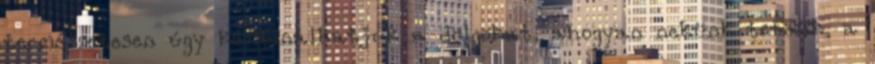
természetesen úgy kombinálhatjuk a dolgokat, ahogyan nekünk tetszik, a